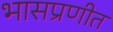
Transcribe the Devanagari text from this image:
भासप्रणीत